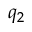
q _ { 2 }